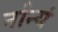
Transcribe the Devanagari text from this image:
र्नान्यं